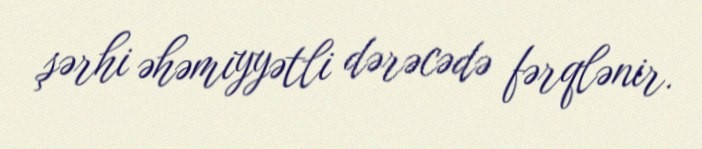
şərhi əhəmiyyətli dərəcədə fərqlənir.